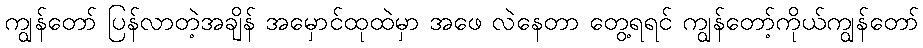
ကျွန်တော် ပြန်လာတဲ့အချိန် အမှောင်ထုထဲမှာ အဖေ လဲနေတာ တွေ့ရရင် ကျွန်တော့်ကိုယ်ကျွန်တော်